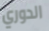
الدوري